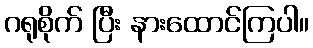
ဂရုစိုက် ပြီး နားထောင်ကြပါ။